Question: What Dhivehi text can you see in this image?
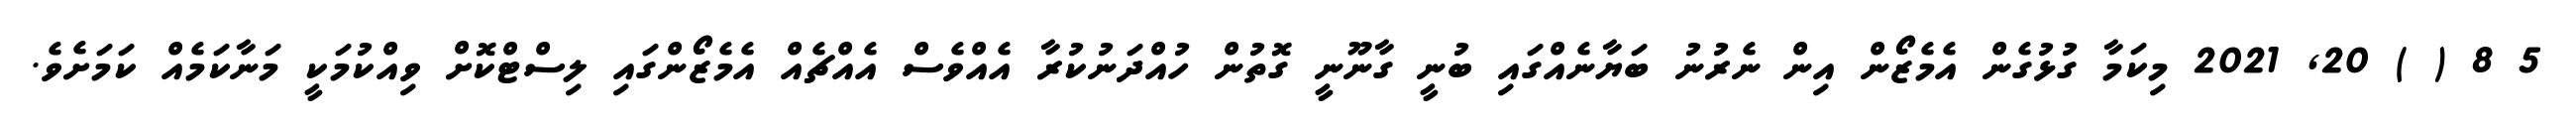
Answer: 5 8 ( ) 20, 2021 މިކަމާ ގުޅުގެން އެމެޒޯން އިން ނެރުނު ބަޔާނެއްގައި ބުނީ ގާނޫނީ ގޮތުން ހުއްދަނުކުރާ އެއްވެސް އެއްޗެއް އެމެޒޯންގައި ލިސްޓްކޮށް ވިއްކުމަކީ މަނާކަމެއް ކަމަށެވެ.